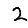
Digit: 2